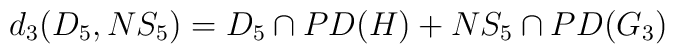
d_3(D_5,NS_5)=D_5 \cap PD(H) + NS_5\cap PD(G_3)